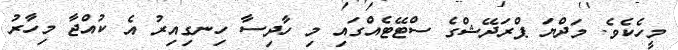
މީހެކެވެ. މަދްޔަ ޕްރަދޭޝްގެ ސްޓޭޓެއްގައި މި ހާދިސާ ހިނގިއިރު އެ ކުއްޖާ މިހާރު